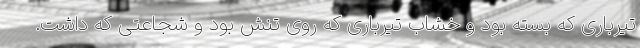
تیرباری که بسته بود و خشاب تیرباری که روی تنش بود و شجاعتی که داشت.